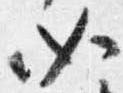
如